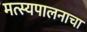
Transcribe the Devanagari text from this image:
मत्स्यपालनाचा